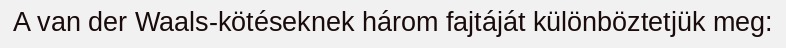
A van der Waals-kötéseknek három fajtáját különböztetjük meg: